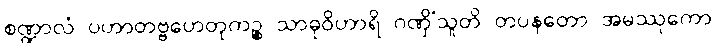
စဏ္ဍာလံ ပဟာတဗ္ဗဟေတုကဉ္စ သာဓုဝိဟာရိ ဂဏှိံသူတိ တပနတော အမဿုကော